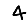
Digit: 4